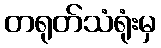
တရုတ်သံရုံးမှ